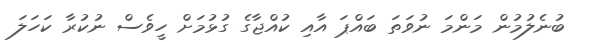
ބުނެލުމުން މަންމަ ނުވަތަ ބައްޕަ އާއި ކުއްޖާގެ ގުޅުމަށް ހީވެސް ނުކުރާ ކަހަލަ